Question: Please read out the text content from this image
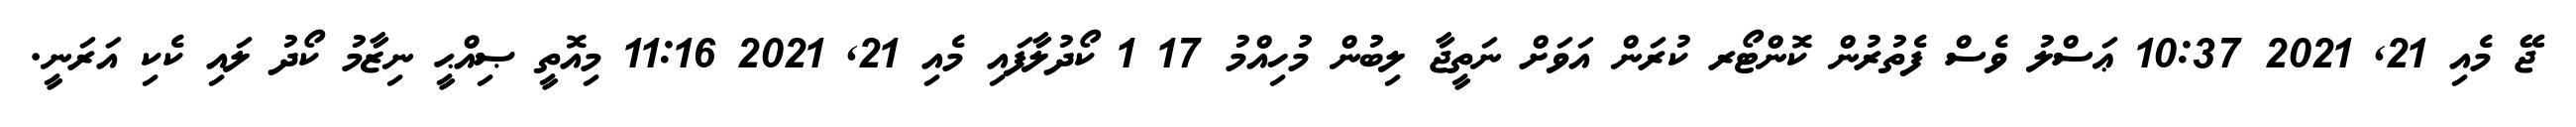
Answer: ޖޭ މެއި 21, 2021 10:37 ޢަސްލު ވެސް ފެތުރުން ކޮންޓޯރ ކުރަން އަވަށް ނަތީޖާ ލިބުން މުހިއްމު 17 1 ކޯދުލާފައި މެއި 21, 2021 11:16 މިއޮތީ ޞިއްޙީ ނިޒާމު ކޯދު ލައި ކެކި އަރަނީ.